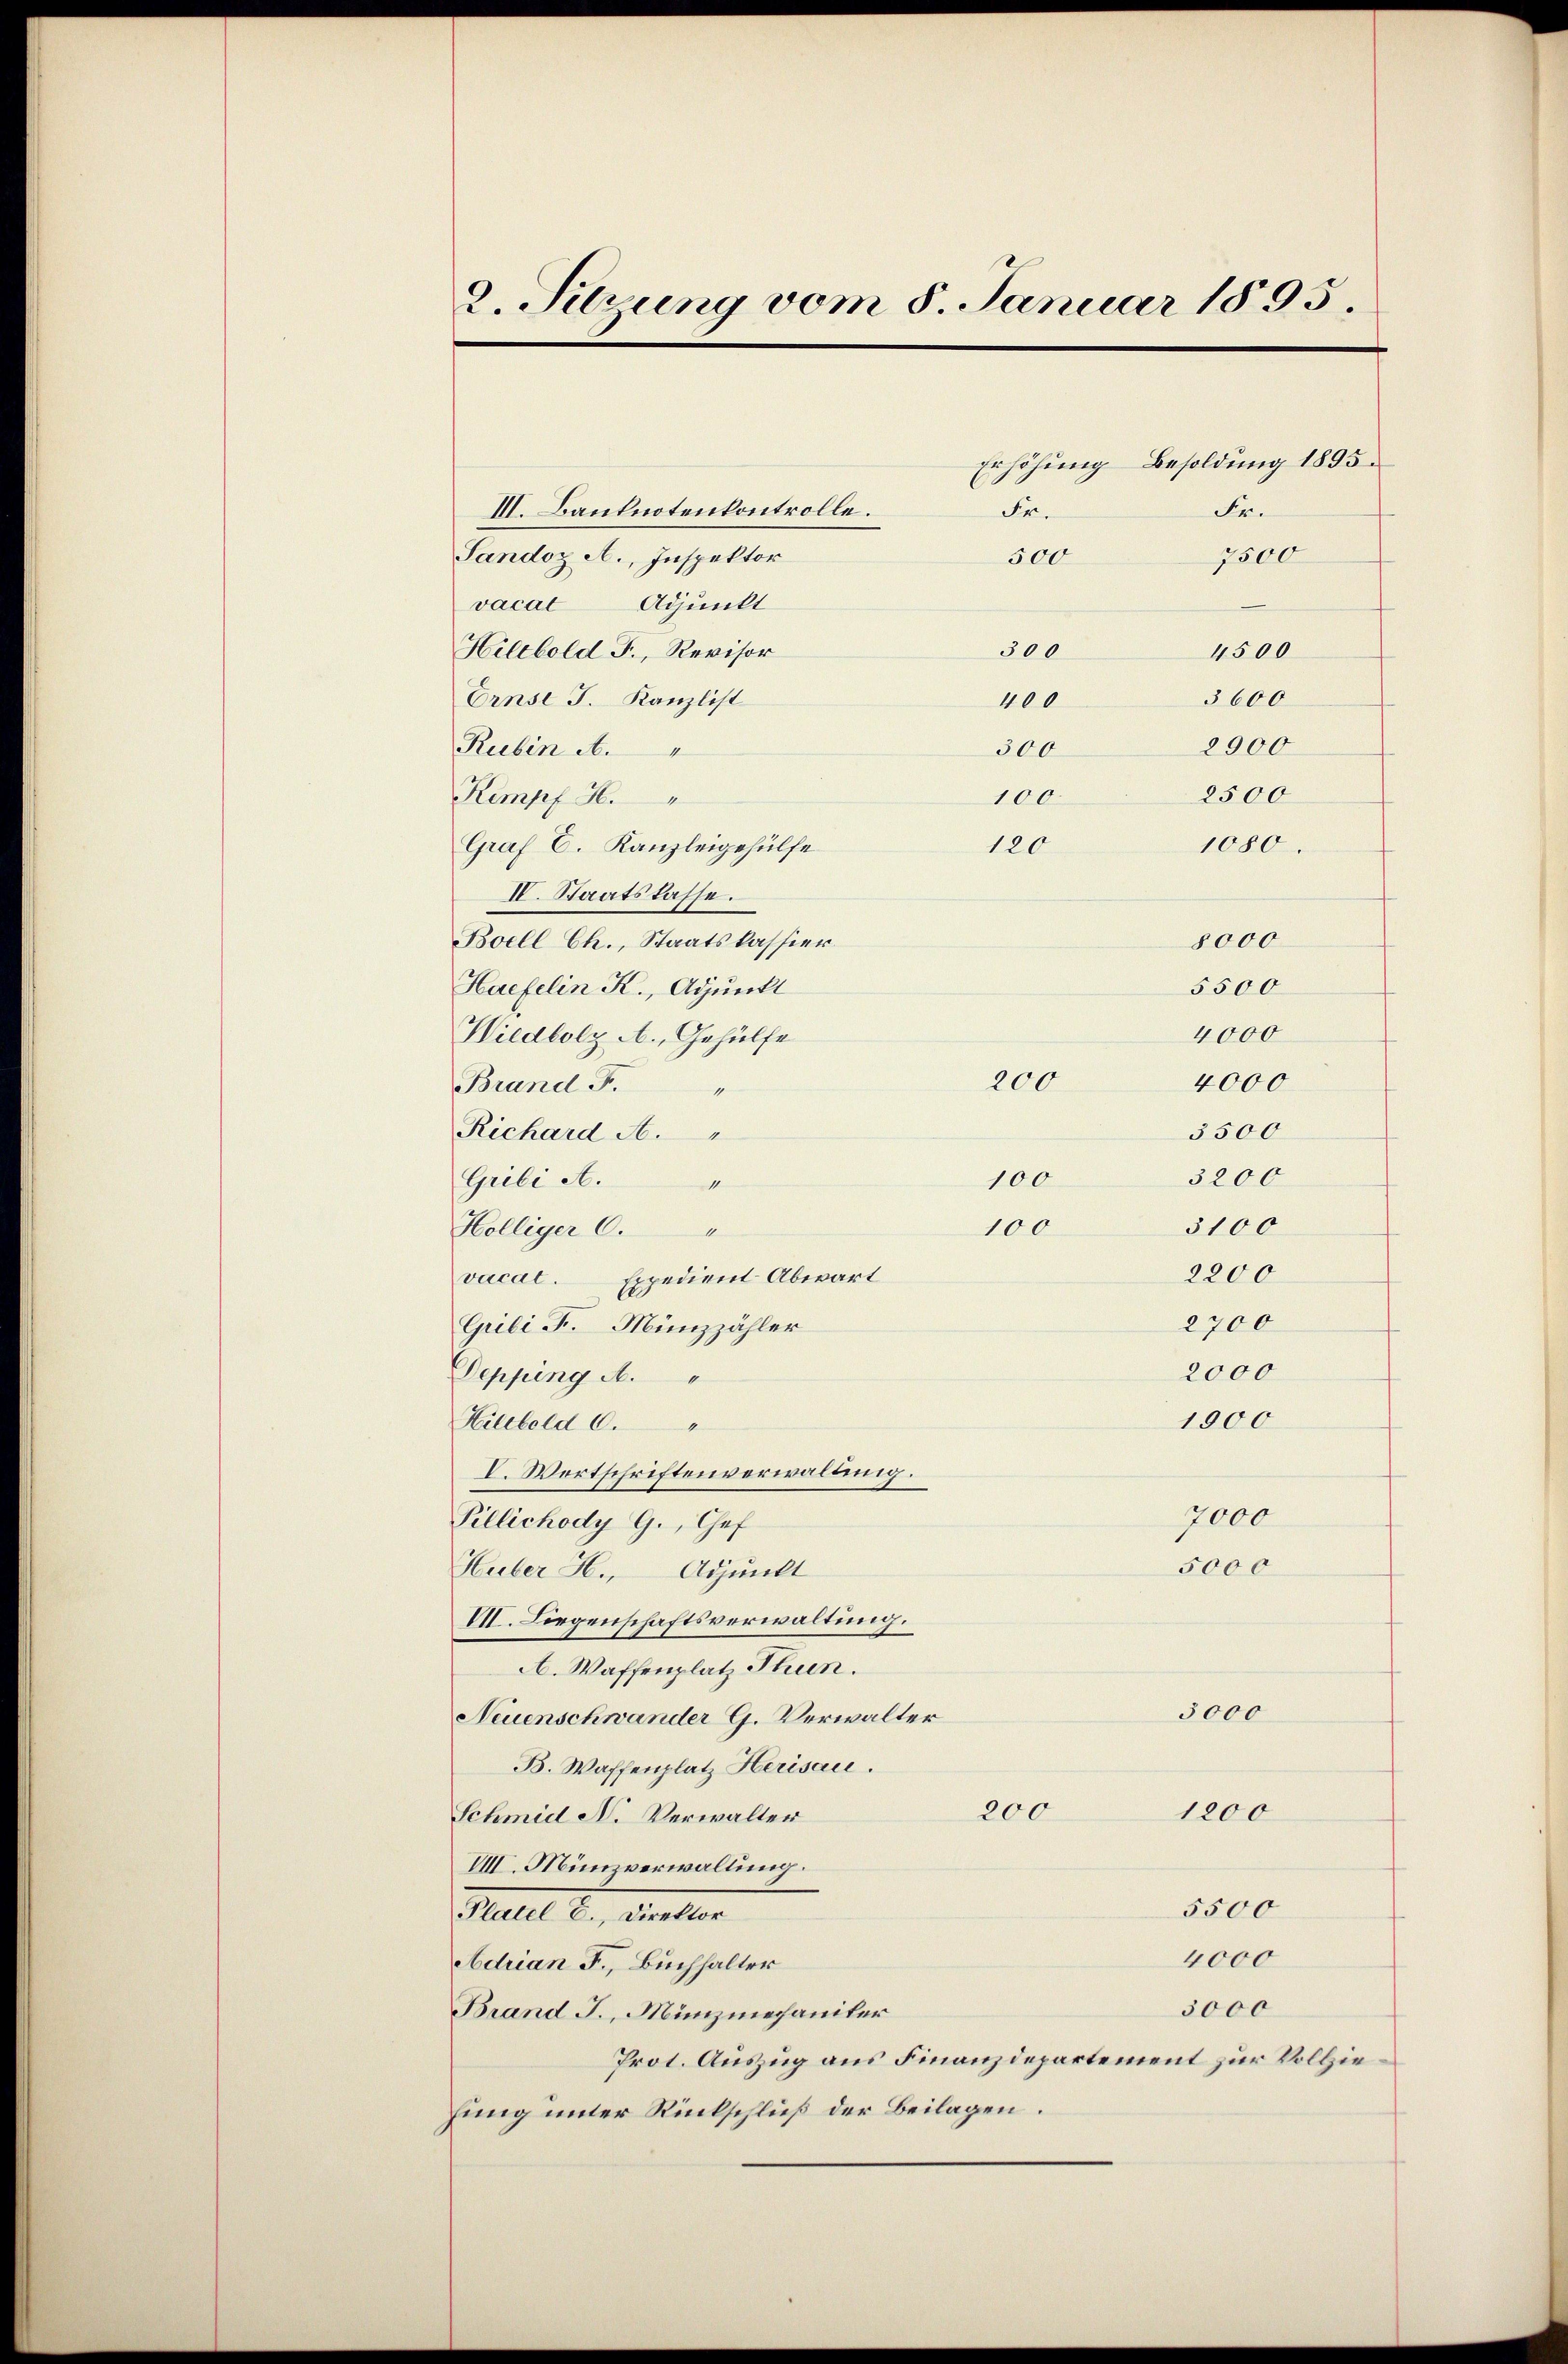
2. Sitzung vom 8. Januar 1895

III. Banknotenkontrolle.
Fr.
Sandoz A., Inspektor
500
vacal Adjunkt
300
Hillbold F., Revisor
Ernst J. Kanzlist
400
Rubin i
300
Kampf 4.
100.
Graf C. Kanzleigehülfe
120
IV. Staatslasse.
Boell Ch., Staatskassier
Haefelin K., Adjunkt
Wildbolz A., Gehülfe
Brand F.
4
Richard M.
100
Grili A.
1
100
Hölliger C.
vacat.
Expedient Abwart
Grili F. Münzzähler
Depping A.
Hilfeld 6.
V. Wortschriftenverwaltung.
Pillichody G., Chef
Huber H., Adjunkt
VII. Liegenschaftsverwaltung.
A. Waffenplatz Thun.
3000
Neuenschwander G. Verwalter
B. Waffenplatz Herisau.
200
1200
Schmid N. Verwalter
VIII. Münzverwaltung.
5500
Platel E., Direktor
4000
Adrian F., Buchhalter
3000
Brand J., Münzmechaniker
Prot. Auszug aus Finanzdepartement zur Vollziefung unter Rückschluß der Beilagen.

200

Erhöhung Besoldung 1895.
Fr.
7500
4500
3600
2900
2500
8000
5500
4000
4000
3500
3200
3100
2200
2700
2000
1000
7000
5000

1080.